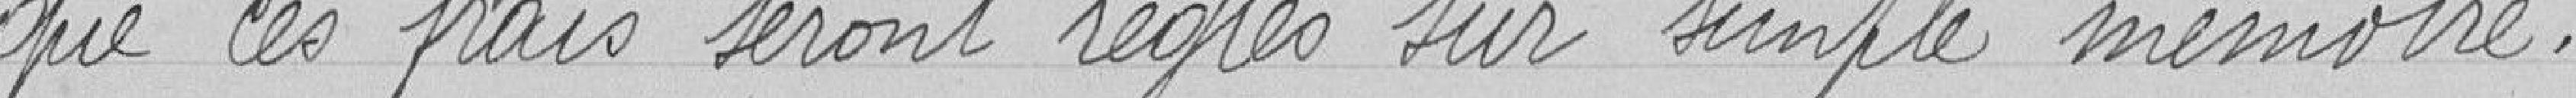
que ces frais seront réglés sur simple mémoire.